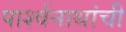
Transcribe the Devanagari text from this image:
पार्श्वनाथांची